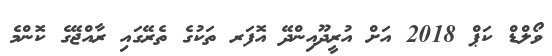
ވޯލްޑް ކަޕް 2018 އަށް އުރީދޫއިންދޭ އޮފަރ ތަކުގެ ތެރޭގައި ރާއްޖޭގެ ކޮންމެ